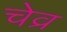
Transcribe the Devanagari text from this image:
चेव्र